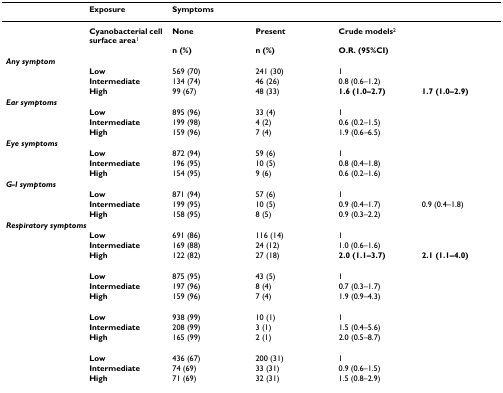
<table><thead><tr><td>[EMPTY_CELL]</td><td><b>Exposure</b></td><td><b>Symptoms</b></td><td>[EMPTY_CELL]</td><td>[EMPTY_CELL]</td><td>[EMPTY_CELL]</td></tr></thead><tbody><tr><td>[EMPTY_CELL]</td><td><b>Cyanobacterial cell surface area</b><sup>1</sup></td><td><b>None</b></td><td><b>Present</b></td><td><b>Crude models</b><sup>2</sup></td><td>[EMPTY_CELL]</td></tr><tr><td>[EMPTY_CELL]</td><td>[EMPTY_CELL]</td><td><b>n (%)</b></td><td><b>n (%)</b></td><td><b>O.R. (95%CI)</b></td><td>[EMPTY_CELL]</td></tr><tr><td colspan="6"><b><i>Any symptom</i></b></td></tr><tr><td>[EMPTY_CELL]</td><td><b>Low</b></td><td>569 (70)</td><td>241 (30)</td><td>1</td><td>[EMPTY_CELL]</td></tr><tr><td>[EMPTY_CELL]</td><td><b>Intermediate</b></td><td>134 (74)</td><td>46 (26)</td><td>0.8 (0.6–1.2)</td><td>[EMPTY_CELL]</td></tr><tr><td>[EMPTY_CELL]</td><td><b>High</b></td><td>99 (67)</td><td>48 (33)</td><td><b>1.6 (1.0–2.7)</b></td><td><b>1.7 (1.0–2.9)</b></td></tr><tr><td colspan="6"><b><i>Ear symptoms</i></b></td></tr><tr><td>[EMPTY_CELL]</td><td><b>Low</b></td><td>895 (96)</td><td>33 (4)</td><td>1</td><td>[EMPTY_CELL]</td></tr><tr><td>[EMPTY_CELL]</td><td><b>Intermediate</b></td><td>199 (98)</td><td>4 (2)</td><td>0.6 (0.2–1.5)</td><td>[EMPTY_CELL]</td></tr><tr><td>[EMPTY_CELL]</td><td><b>High</b></td><td>159 (96)</td><td>7 (4)</td><td>1.9 (0.6–6.5)</td><td>[EMPTY_CELL]</td></tr><tr><td colspan="6"><b><i>Eye symptoms</i></b></td></tr><tr><td>[EMPTY_CELL]</td><td><b>Low</b></td><td>872 (94)</td><td>59 (6)</td><td>1</td><td>[EMPTY_CELL]</td></tr><tr><td>[EMPTY_CELL]</td><td><b>Intermediate</b></td><td>196 (95)</td><td>10 (5)</td><td>0.8 (0.4–1.8)</td><td>[EMPTY_CELL]</td></tr><tr><td>[EMPTY_CELL]</td><td><b>High</b></td><td>154 (95)</td><td>9 (6)</td><td>0.6 (0.2–1.6)</td><td>[EMPTY_CELL]</td></tr><tr><td colspan="6"><b><i>G-I symptoms</i></b></td></tr><tr><td>[EMPTY_CELL]</td><td><b>Low</b></td><td>871 (94)</td><td>57 (6)</td><td>1</td><td>[EMPTY_CELL]</td></tr><tr><td>[EMPTY_CELL]</td><td><b>Intermediate</b></td><td>199 (95)</td><td>10 (5)</td><td>0.9 (0.4–1.7)</td><td>0.9 (0.4–1.8)</td></tr><tr><td>[EMPTY_CELL]</td><td><b>High</b></td><td>158 (95)</td><td>8 (5)</td><td>0.9 (0.3–2.2)</td><td>[EMPTY_CELL]</td></tr><tr><td colspan="6"><b><i>Respiratory symptoms</i></b></td></tr><tr><td>[EMPTY_CELL]</td><td><b>Low</b></td><td>691 (86)</td><td>116 (14)</td><td>1</td><td>[EMPTY_CELL]</td></tr><tr><td>[EMPTY_CELL]</td><td><b>Intermediate</b></td><td>169 (88)</td><td>24 (12)</td><td>1.0 (0.6–1.6)</td><td>[EMPTY_CELL]</td></tr><tr><td>[EMPTY_CELL]</td><td><b>High</b></td><td>122 (82)</td><td>27 (18)</td><td><b>2.0 (1.1–3.7)</b></td><td><b>2.1 (1.1–4.0)</b></td></tr><tr><td colspan="6">[EMPTY_CELL]</td></tr><tr><td>[EMPTY_CELL]</td><td><b>Low</b></td><td>875 (95)</td><td>43 (5)</td><td>1</td><td>[EMPTY_CELL]</td></tr><tr><td>[EMPTY_CELL]</td><td><b>Intermediate</b></td><td>197 (96)</td><td>8 (4)</td><td>0.7 (0.3–1.7)</td><td>[EMPTY_CELL]</td></tr><tr><td>[EMPTY_CELL]</td><td><b>High</b></td><td>159 (96)</td><td>7 (4)</td><td>1.9 (0.9–4.3)</td><td>[EMPTY_CELL]</td></tr><tr><td colspan="6">[EMPTY_CELL]</td></tr><tr><td>[EMPTY_CELL]</td><td><b>Low</b></td><td>938 (99)</td><td>10 (1)</td><td>1</td><td>[EMPTY_CELL]</td></tr><tr><td>[EMPTY_CELL]</td><td><b>Intermediate</b></td><td>208 (99)</td><td>3 (1)</td><td>1.5 (0.4–5.6)</td><td>[EMPTY_CELL]</td></tr><tr><td>[EMPTY_CELL]</td><td><b>High</b></td><td>165 (99)</td><td>2 (1)</td><td>2.0 (0.5–8.7)</td><td>[EMPTY_CELL]</td></tr><tr><td colspan="6">[EMPTY_CELL]</td></tr><tr><td>[EMPTY_CELL]</td><td><b>Low</b></td><td>436 (67)</td><td>200 (31)</td><td>1</td><td>[EMPTY_CELL]</td></tr><tr><td>[EMPTY_CELL]</td><td><b>Intermediate</b></td><td>74 (69)</td><td>33 (31)</td><td>0.9 (0.6–1.5)</td><td>[EMPTY_CELL]</td></tr><tr><td>[EMPTY_CELL]</td><td><b>High</b></td><td>71 (69)</td><td>32 (31)</td><td>1.5 (0.8–2.9)</td><td>[EMPTY_CELL]</td></tr></tbody></table>